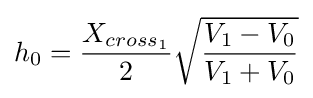
h_{0}={X_{cross_{1}} \over 2}{\sqrt {V_{1}-V_{0} \over V_{1}+V_{0}}}